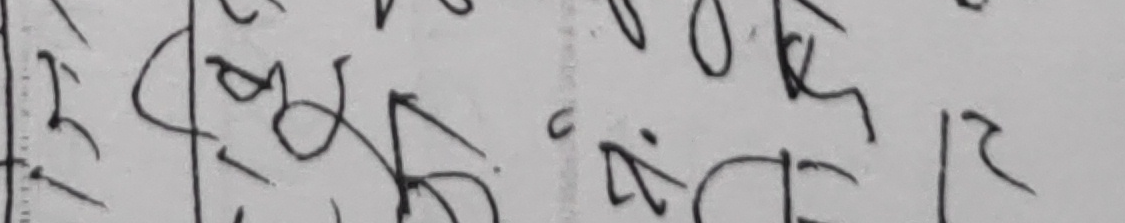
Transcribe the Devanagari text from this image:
बठिठ